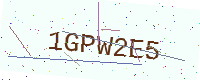
Text: 1GPW2E5